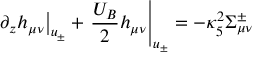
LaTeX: \left. \partial _ { z } h _ { \mu \nu } \right| _ { u _ { \pm } } + \left. \frac { U _ { B } } { 2 } h _ { \mu \nu } \right| _ { u _ { \pm } } = - \kappa _ { 5 } ^ { 2 } \Sigma _ { \mu \nu } ^ { \pm }